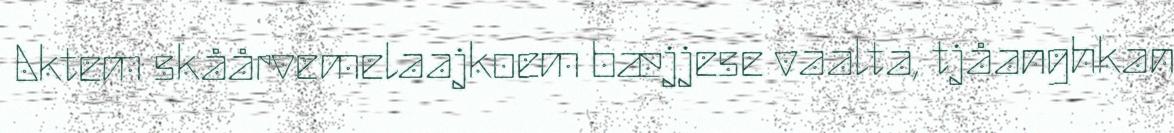
Aktem skåårvemelaajkoem bæjjese vaalta, tjåanghkan